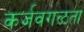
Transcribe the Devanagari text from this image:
कर्जवगळता